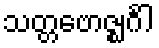
သတ္တဗောဇ္ဈင်္ဂါ